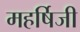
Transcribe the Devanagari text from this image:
महर्षिजी